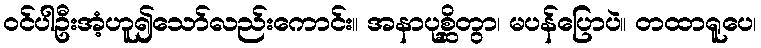
ဝင်ပါဦးအံ့ဟူ၍သော်လည်းကောင်း။ အနာပုစ္ဆိတွာ၊ မပန်ပြောပဲ။ တထာရူပေ၊